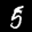
Label: 5